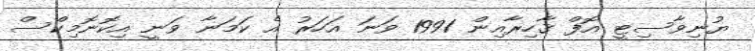
ޔުނިވާސިޓީ އޮފް ޤާހިރާއިން 1991 ވަނަ އަހަރު އެ ކަމަނާ ވަނީ އިކޮނޮމިކްސް